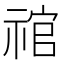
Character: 𰨉